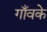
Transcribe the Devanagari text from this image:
गाँवके